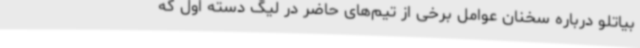
بیاتلو درباره سخنان عوامل برخی از تیم‌های حاضر در لیگ دسته اول که